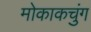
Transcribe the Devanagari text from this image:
मोकाकचुंग